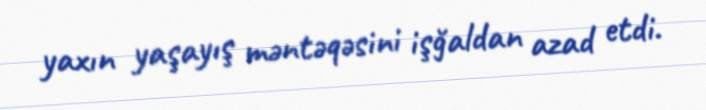
yaxın yaşayış məntəqəsini işğaldan azad etdi.